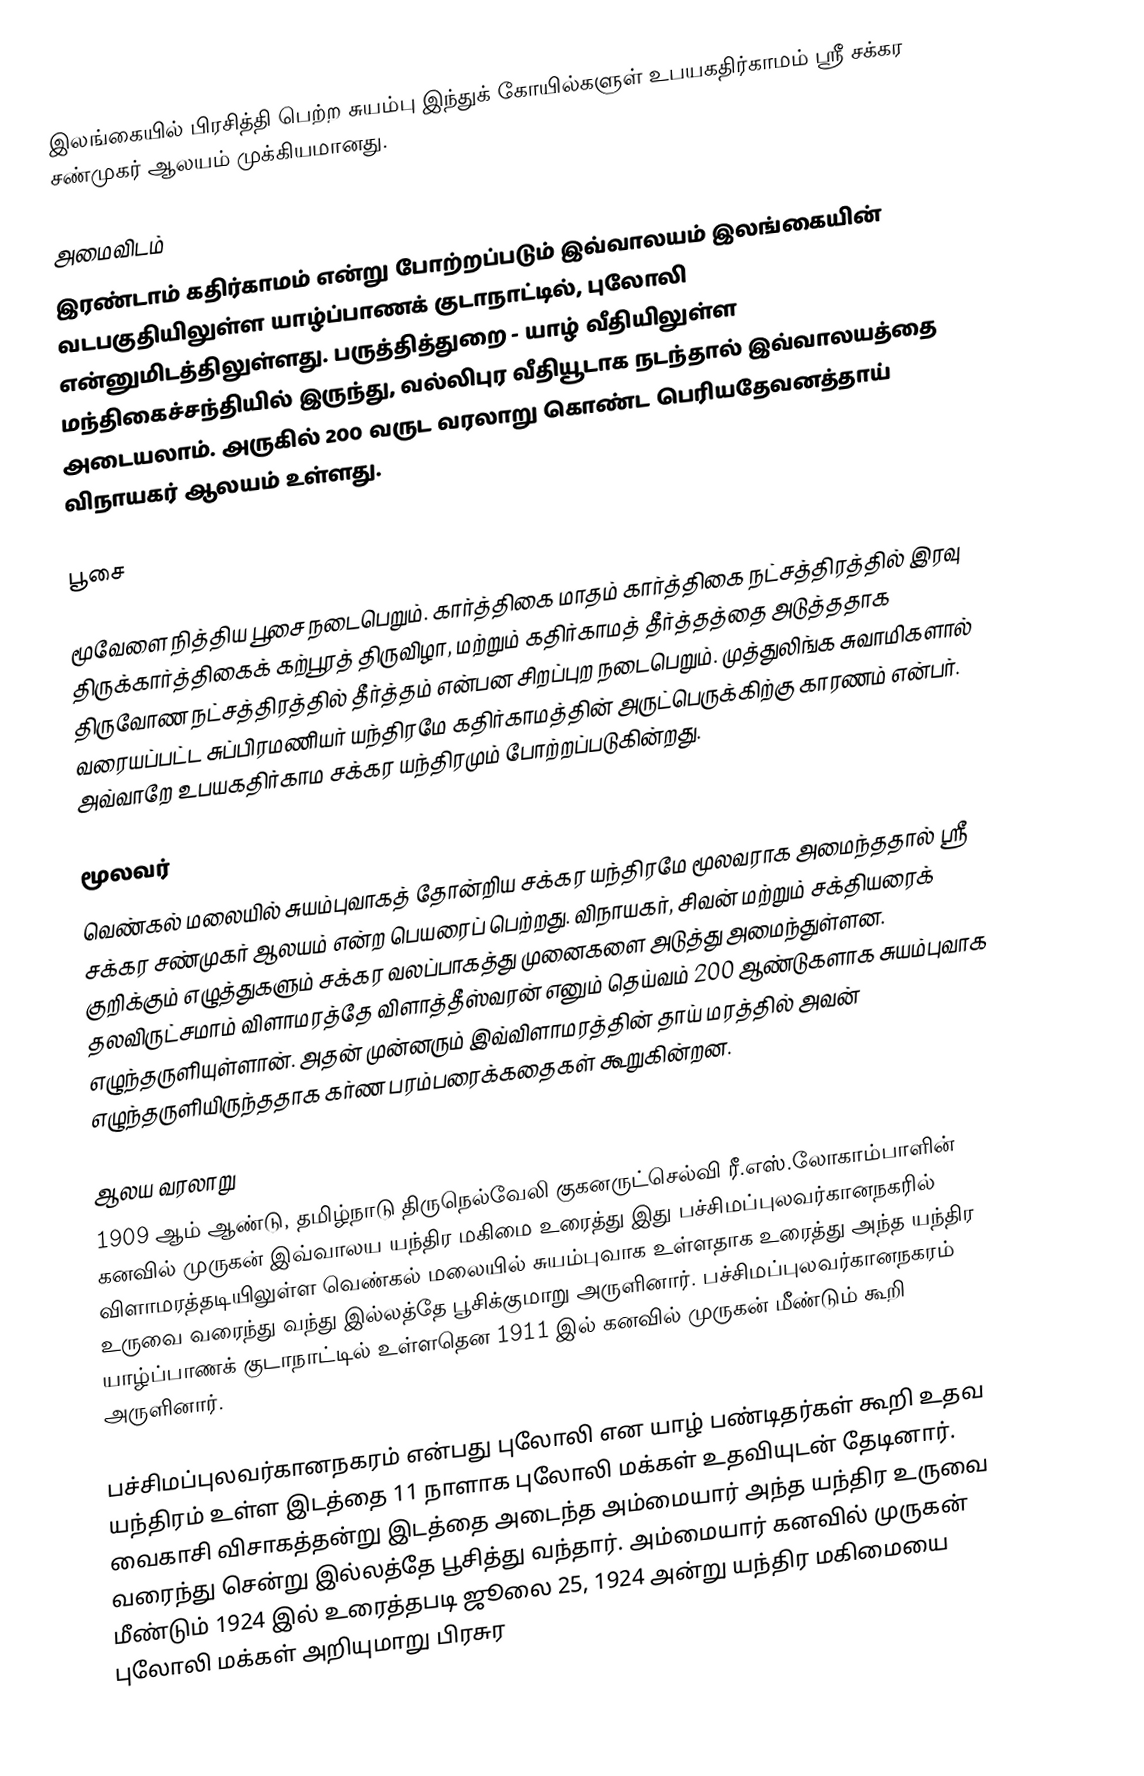
இலங்கையில் பிரசித்தி பெற்ற சுயம்பு இந்துக் கோயில்களுள் உபயகதிர்காமம் ஸ்ரீ சக்கர சண்முகர் ஆலயம் முக்கியமானது.

அமைவிடம்
இரண்டாம் கதிர்காமம் என்று போற்றப்படும் இவ்வாலயம் இலங்கையின் வடபகுதியிலுள்ள யாழ்ப்பாணக் குடாநாட்டில், புலோலி என்னுமிடத்திலுள்ளது. பருத்தித்துறை - யாழ் வீதியிலுள்ள மந்திகைச்சந்தியில் இருந்து, வல்லிபுர வீதியூடாக நடந்தால் இவ்வாலயத்தை அடையலாம். அருகில் 200 வருட வரலாறு கொண்ட பெரியதேவனத்தாய் விநாயகர் ஆலயம் உள்ளது.

பூசை

மூவேளை நித்திய பூசை நடைபெறும். கார்த்திகை மாதம் கார்த்திகை நட்சத்திரத்தில் இரவு திருக்கார்த்திகைக் கற்பூரத் திருவிழா, மற்றும் கதிர்காமத் தீர்த்தத்தை அடுத்ததாக திருவோண நட்சத்திரத்தில் தீர்த்தம் என்பன சிறப்புற நடைபெறும். முத்துலிங்க சுவாமிகளால் வரையப்பட்ட சுப்பிரமணியர் யந்திரமே கதிர்காமத்தின் அருட்பெருக்கிற்கு காரணம் என்பர். அவ்வாறே உபயகதிர்காம சக்கர யந்திரமும் போற்றப்படுகின்றது.

மூலவர்
வெண்கல் மலையில் சுயம்புவாகத் தோன்றிய சக்கர யந்திரமே மூலவராக அமைந்ததால் ஸ்ரீ சக்கர சண்முகர் ஆலயம் என்ற பெயரைப் பெற்றது. விநாயகர், சிவன் மற்றும் சக்தியரைக் குறிக்கும் எழுத்துகளும் சக்கர வலப்பாகத்து முனைகளை அடுத்து அமைந்துள்ளன. தலவிருட்சமாம் விளாமரத்தே விளாத்தீஸ்வரன் எனும் தெய்வம் 200 ஆண்டுகளாக சுயம்புவாக எழுந்தருளியுள்ளான். அதன் முன்னரும் இவ்விளாமரத்தின் தாய் மரத்தில் அவன் எழுந்தருளியிருந்ததாக கர்ண பரம்பரைக்கதைகள் கூறுகின்றன.

ஆலய வரலாறு
1909 ஆம் ஆண்டு, தமிழ்நாடு திருநெல்வேலி குகனருட்செல்வி ரீ.எஸ்.லோகாம்பாளின் கனவில் முருகன் இவ்வாலய யந்திர மகிமை உரைத்து இது பச்சிமப்புலவர்கானநகரில் விளாமரத்தடியிலுள்ள வெண்கல் மலையில் சுயம்புவாக உள்ளதாக உரைத்து அந்த யந்திர உருவை வரைந்து வந்து இல்லத்தே பூசிக்குமாறு அருளினார். பச்சிமப்புலவர்கானநகரம் யாழ்ப்பாணக் குடாநாட்டில் உள்ளதென 1911 இல் கனவில் முருகன் மீண்டும் கூறி அருளினார்.

பச்சிமப்புலவர்கானநகரம் என்பது புலோலி என யாழ் பண்டிதர்கள் கூறி உதவ யந்திரம் உள்ள இடத்தை 11 நாளாக புலோலி மக்கள் உதவியுடன் தேடினார். வைகாசி விசாகத்தன்று இடத்தை அடைந்த அம்மையார் அந்த யந்திர உருவை வரைந்து சென்று இல்லத்தே பூசித்து வந்தார். அம்மையார் கனவில் முருகன் மீண்டும் 1924  இல் உரைத்தபடி ஜூலை 25, 1924 அன்று யந்திர மகிமையை புலோலி மக்கள் அறியுமாறு பிரசுர